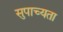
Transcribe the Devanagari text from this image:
सुपाच्यता